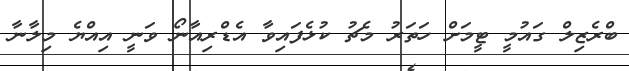
ބްރެޒިލް ގައުމީ ޓީމަށް ހަތަރު މެޗު ކުޅެފައިވާ އެޑްރިއާނޯ ވަނީ އިއްޔެ މިލާނާ